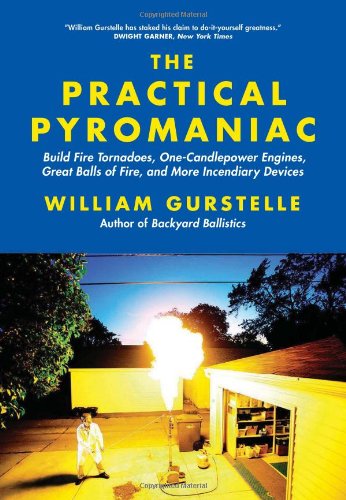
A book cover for The Practical Pyromaniac: Build Fire Tornadoes, One-Candlepower Engines, Great Balls of Fire, and More Incendiary Devices; William Gurstelle; Science & Math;